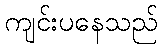
ကျင်းပနေသည်